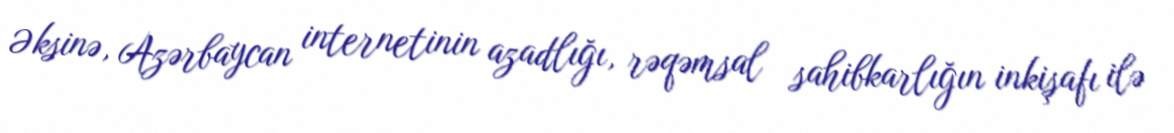
Əksinə, Azərbaycan internetinin azadlığı, rəqəmsal sahibkarlığın inkişafı ilə